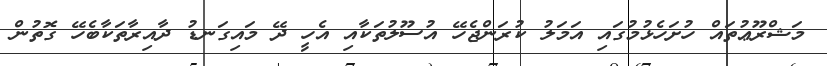
މަޝްރޫޢުތައް ހުށަހެޅުމުގައި އަމަލު ކުރަންޖެހޭ އުސޫލުތަކާއި އެހީ ދޭ މައިގަނޑު ދާއިރާތަކާބެހޭ ގޮތުން